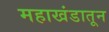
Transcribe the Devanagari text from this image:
महाखंडातून